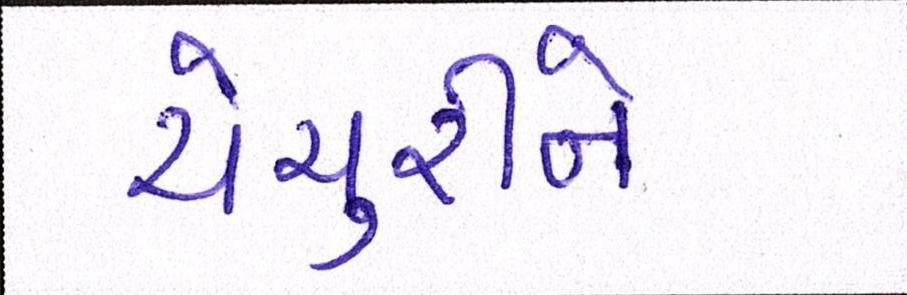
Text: યેચુરીને